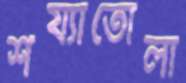
শয্যাতোলা